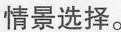
情景选择。